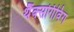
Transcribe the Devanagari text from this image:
थैंक्‍सगिविंग